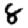
Digit: 8